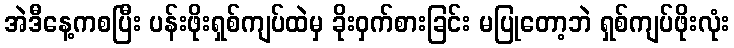
အဲဒီနေ့ကစပြီး ပန်းဖိုးရှစ်ကျပ်ထဲမှ ခိုးဝှက်စားခြင်း မပြုတော့ဘဲ ရှစ်ကျပ်ဖိုးလုံး